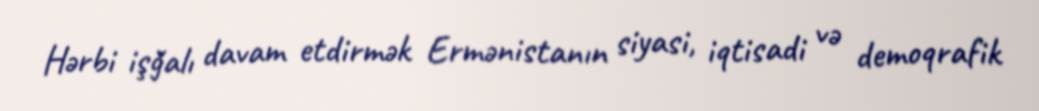
Hərbi işğalı davam etdirmək Ermənistanın siyasi, iqtisadi və demoqrafik